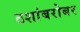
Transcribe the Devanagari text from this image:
ठशांबरोबर